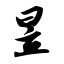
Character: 昱